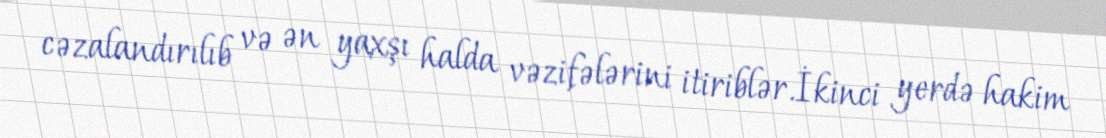
cəzalandırılıb və ən yaxşı halda vəzifələrini itiriblər.İkinci yerdə hakim